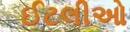
ઈટલીઓ